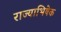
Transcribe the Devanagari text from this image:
राज्‍याभिषेक